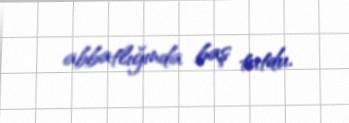
abbatlığında baş tutdu.